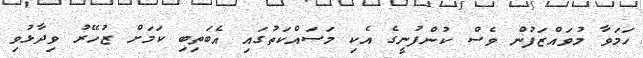
ހަމަވާ މުވައްޒަފުން ވެސް ކުންފުނީގެ އެކި މަސައްކަތުގައި އެބަތިބި ކަމަށް ޒުހޭރު ވިދާޅުވި